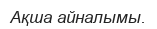
Ақша айналымы.